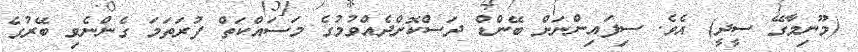
(މޫނިމާގޭ ސީދީ) އެވެ. ސިފައިންނަށް ބޭންޑް ދަސްކޮށްދެއްވުމުގެ މަސައްކަތް ފުރަތަމަ ގެންނެވި ބޭރުގެ